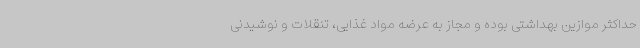
حداکثر موازین بهداشتی بوده و مجاز به عرضه مواد غذایی، تنقلات و نوشیدنی